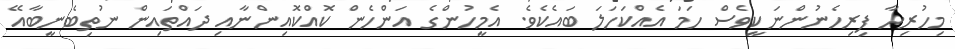
މިހުރިހާ ފިރިހެނުންނަކީވެސް ހަމަ އެއްކަހަލަ ބައެކެވެ. އެމީހުންގެ އަންހެން ކޮއްކޮއިންނާއި ދައްތައިން ނުތިބެނީބާއޭ